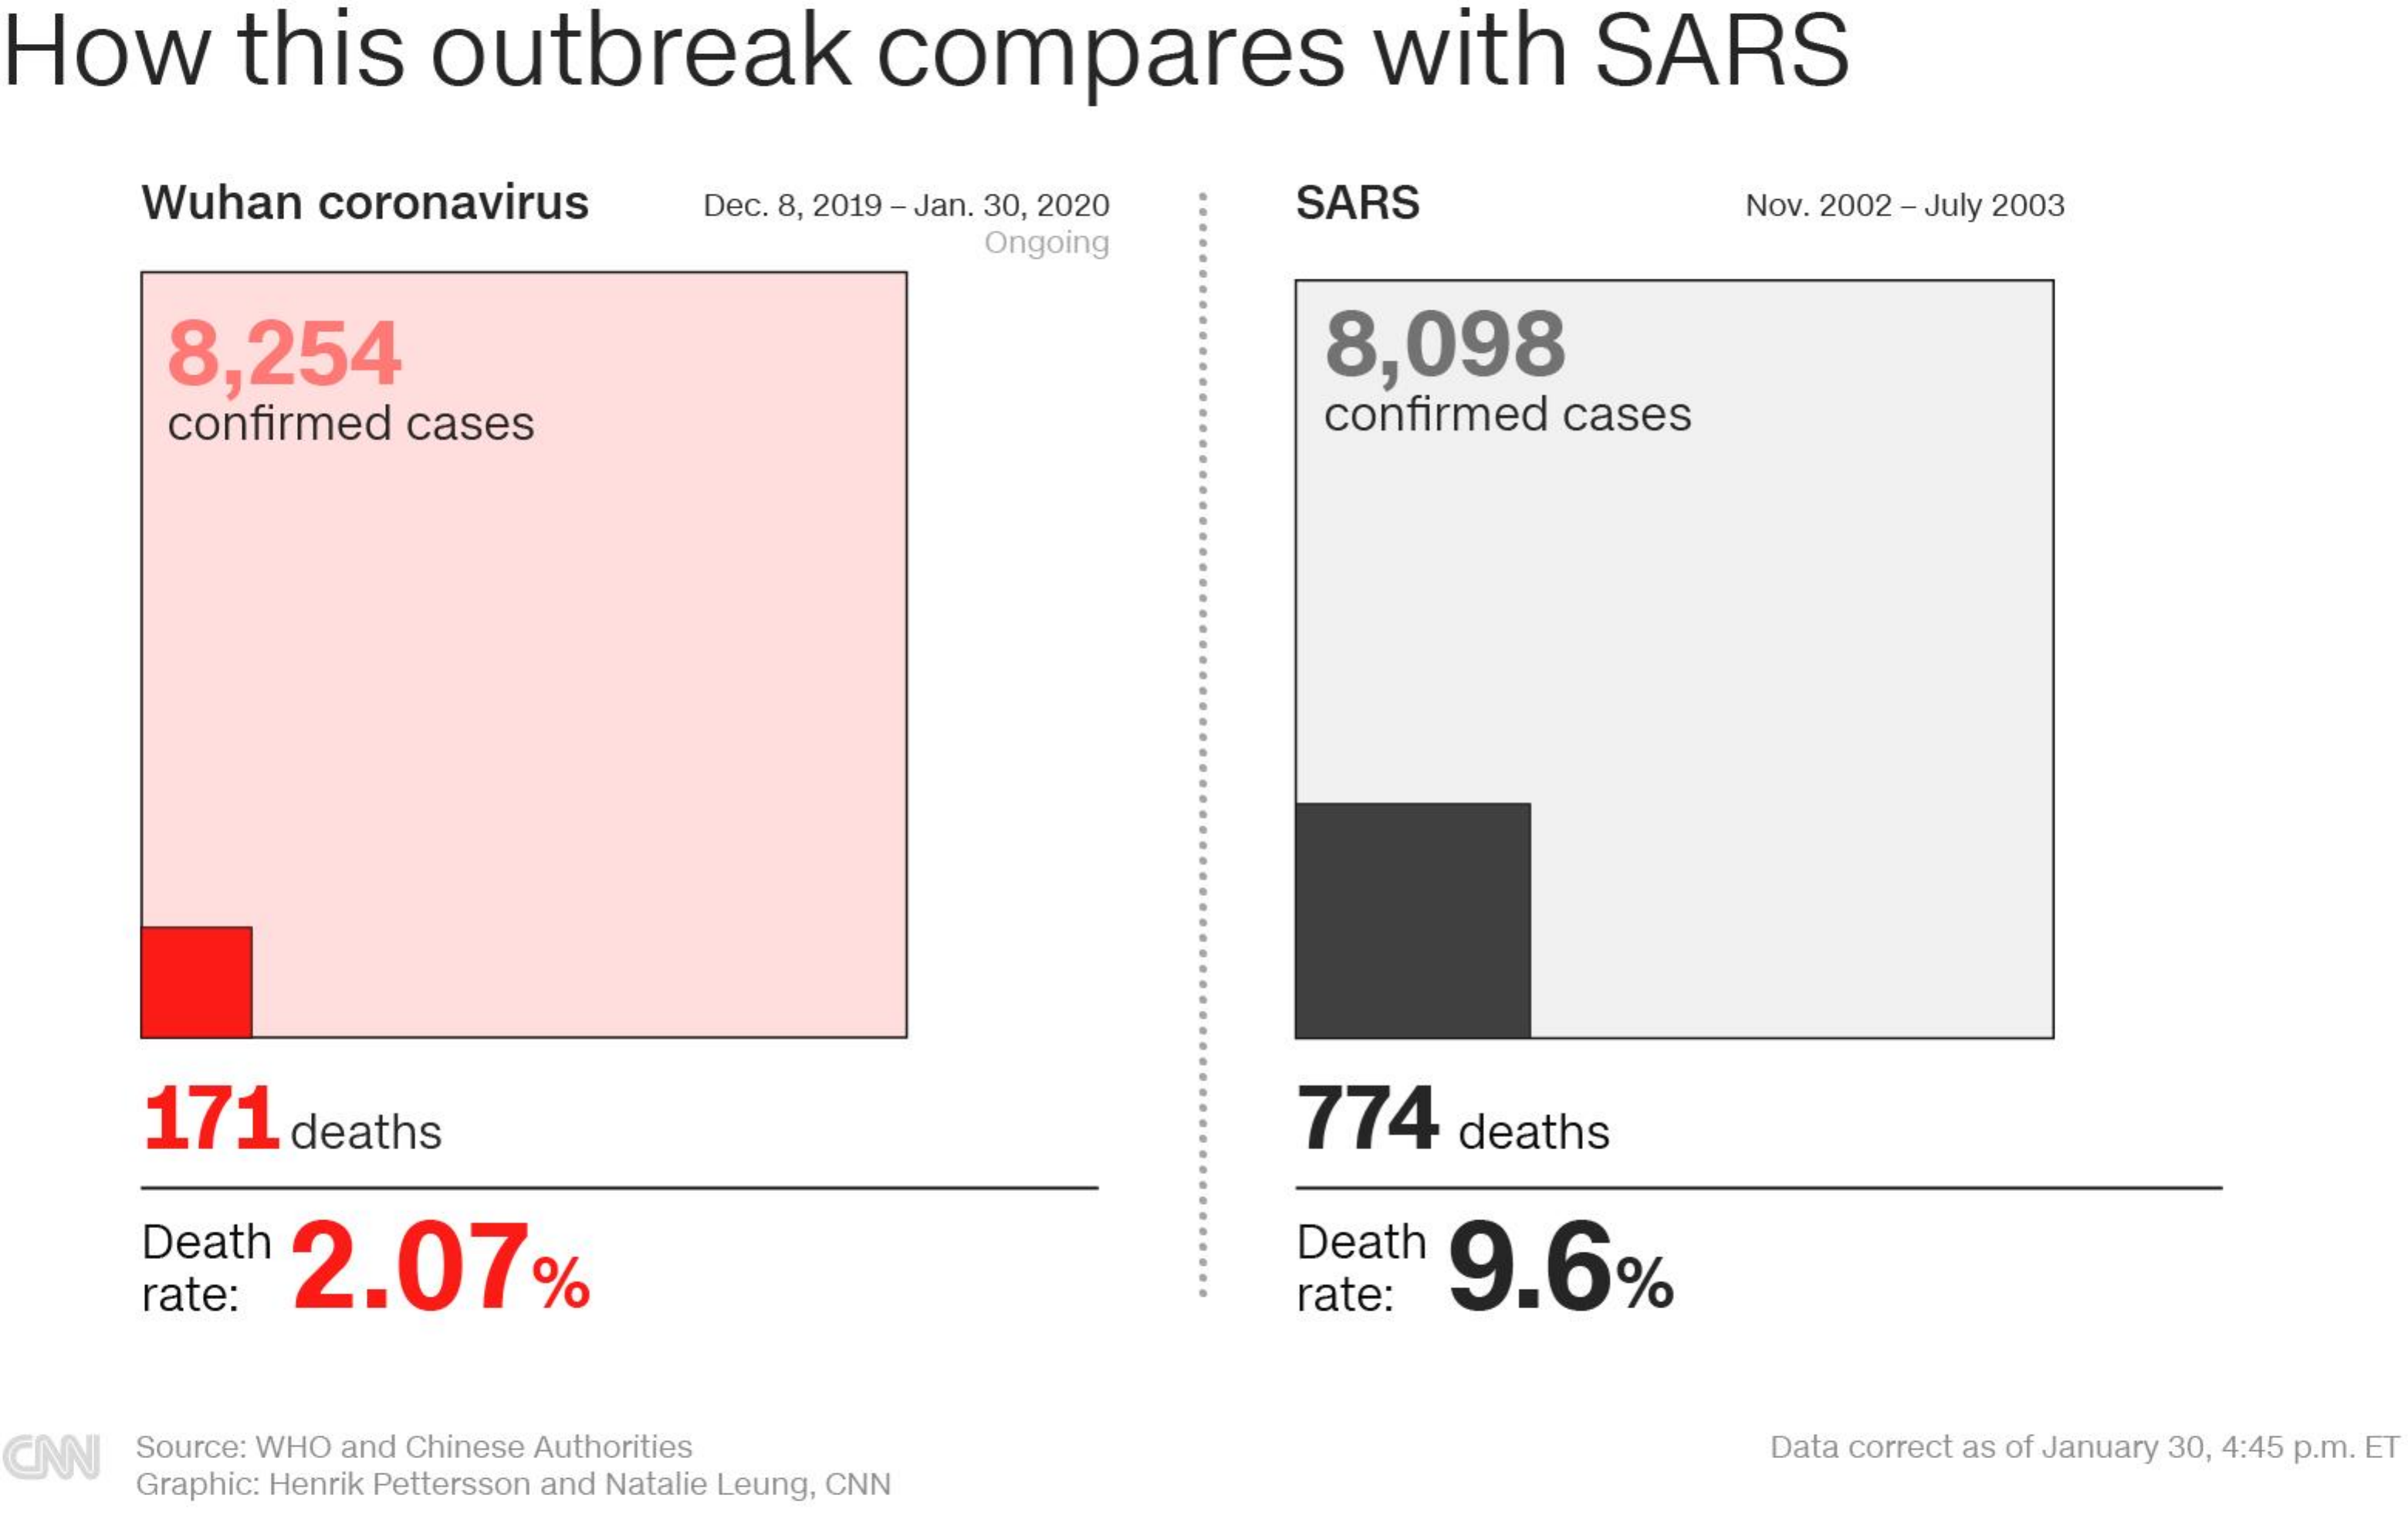
How  this outbreak    compares    with  SARS
     Wuhan coronavirus Dec. 8, 2019 - Jan. 30, 2020 SARS Nov. 2002 - July 2003
     Ongoing
     8,254    8,098
     confirmed cases    confirmed cases
     171 deaths    774 deaths
     Death
     2.07%
     Death
     9.6%
    rate:    rate:
  CNN Source: WHO and Chinese Authorities    Data correct as of January 30, 4:45 p.m. ET
    Graphic: Henrik Pettersson and Natalie Leung, CNN